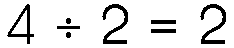
4 ÷ 2 = 2